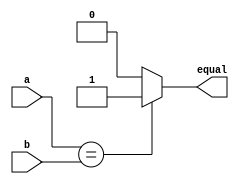
//the first way
module compare1(
    input a, b,
    output equal
);
    assign equal = (a==b)?1:0;
endmodule